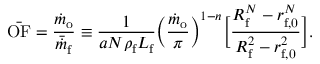
\bar { \mathrm { O F } } = \frac { \dot { m } _ { \mathrm { o } } } { \bar { \dot { m } } _ { \mathrm { f } } } \equiv \frac { 1 } { a N \rho _ { \mathrm { f } } L _ { \mathrm { f } } } \bigg ( \frac { \dot { m } _ { \mathrm { o } } } { \pi } \bigg ) ^ { 1 - n } \bigg [ \frac { R _ { \mathrm { f } } ^ { N } - r _ { \mathrm { f , 0 } } ^ { N } } { R _ { \mathrm { f } } ^ { 2 } - r _ { \mathrm { f , 0 } } ^ { 2 } } \bigg ] .